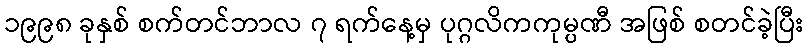
၁၉၉၈ ခုနှစ် စက်တင်ဘာလ ၇ ရက်နေ့မှ ပုဂ္ဂလိကကုမ္ပဏီ အဖြစ် စတင်ခဲ့ပြီး